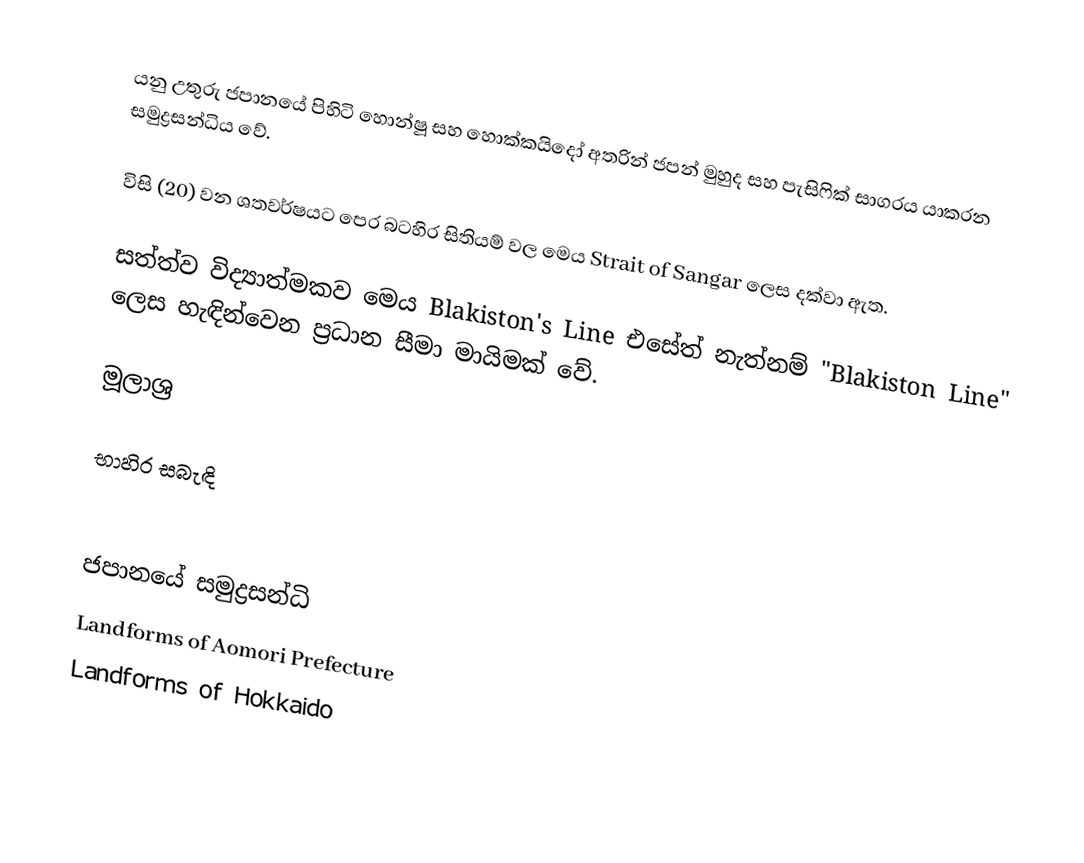
යනු උතුරු ජපානයේ පිහිටි හොන්ෂූ සහ හොක්කයිදෝ අතරින් ජපන් මුහුද සහ පැසිෆික් සාගරය යාකරන සමුද්‍රසන්ධිය වේ.

විසි (20) වන ශතවර්ෂයට පෙර බටහිර සිතියම් වල මෙය Strait of Sangar ලෙස දක්වා ඇත.

සත්ත්ව විද්‍යාත්මකව මෙය Blakiston's Line එසේත් නැත්නම් "Blakiston Line" ලෙස හැඳින්වෙන ප්‍රධාන සීමා මායිමක් වේ.

මූලාශ්‍ර

භාහිර සබැඳි

ජපානයේ සමුද්‍රසන්ධි
Landforms of Aomori Prefecture
Landforms of Hokkaido